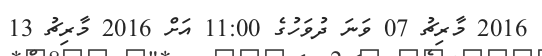
2016 މާރިޗު 07 ވަނަ ދުވަހުގެ 11:00 އަށް 2016 މާރިޗު 13